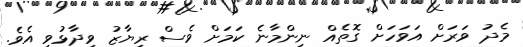
މެދު ވަރަށް އަވަހަށް ގޮތެއް ނިންމާނެ ކަމަށް ވެސް ރިޔާޒު ވިދާޅުވި އެވެ.